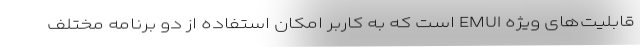
قابلیت‌های ویژه EMUI است که به کاربر امکان استفاده از دو برنامه مختلف